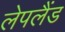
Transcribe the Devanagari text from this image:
लेपलैंड